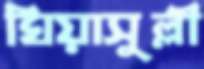
ঘিয়াসুল্লী